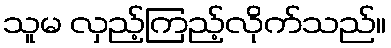
သူမ လှည့်ကြည့်လိုက်သည်။